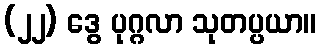
(၂၂) ဒွေ ပုဂ္ဂလာ သုတပ္ပယာ။